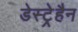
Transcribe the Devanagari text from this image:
डेस्ट्रेहैन